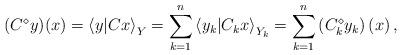
LaTeX: \begin{align*}(C^{\diamond}y)(x)=\left\langle y|Cx\right\rangle _{Y}=\sum_{k=1}^{n}\left\langle y_{k}|C_{k}x\right\rangle _{Y_{k}}=\sum_{k=1}^{n}\left(C_{k}^{\diamond}y_{k}\right)\left(x\right),\end{align*}